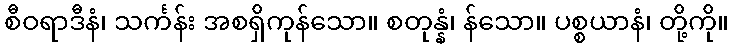
စီဝရာဒီနံ၊ သင်္ကန်း အစရှိကုန်သော။ စတုန္နံ၊ န်သော။ ပစ္စယာနံ၊ တို့ကို။